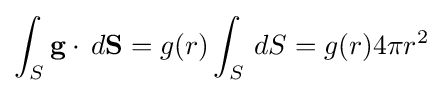
\int _{S}\mathbf {g} \cdot \,d{\mathbf {S} }=g(r)\int _{S}\,dS=g(r)4\pi r^{2}